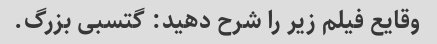
وقایع فیلم زیر را شرح دهید: گتسبی بزرگ.